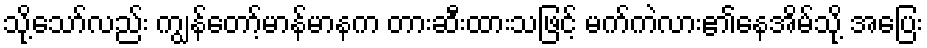
သို့သော်လည်း ကျွန်တော့်မာန်မာနက တားဆီးထားသဖြင့် မက်ကဲလား၏နေအိမ်သို့ အပြေး